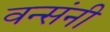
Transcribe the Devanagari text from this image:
वन्संनी